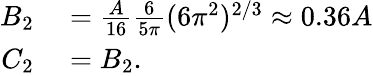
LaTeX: \begin{array}{rl}{B_{2}}&{{}=\frac{A}{16}\frac{6}{5\pi}(6\pi^{2})^{2/3}\approx 0.36A}\\ {C_{2}}&{{}=B_{2}.}\end{array}